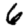
Digit: 6